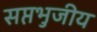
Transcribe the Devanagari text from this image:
सप्तभुजीय